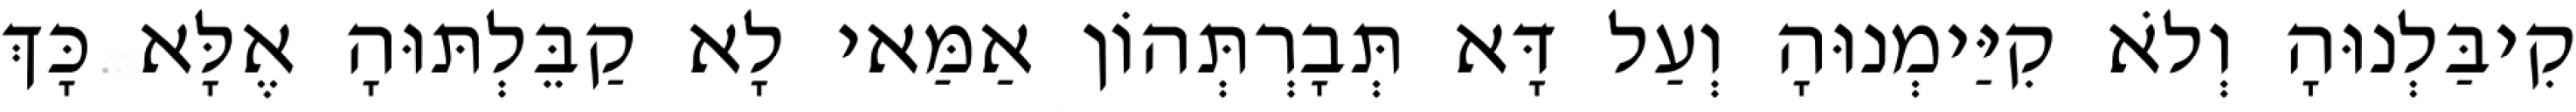
קִיבַּלְנוּהָ וְלֹא קִיַּימְנוּהָ וְעַל דָּא תְּבָרְתְּהוֹן אַמַּאי לָא קַבֵּלְתּוּהָ אֶלָּא כָּךְ